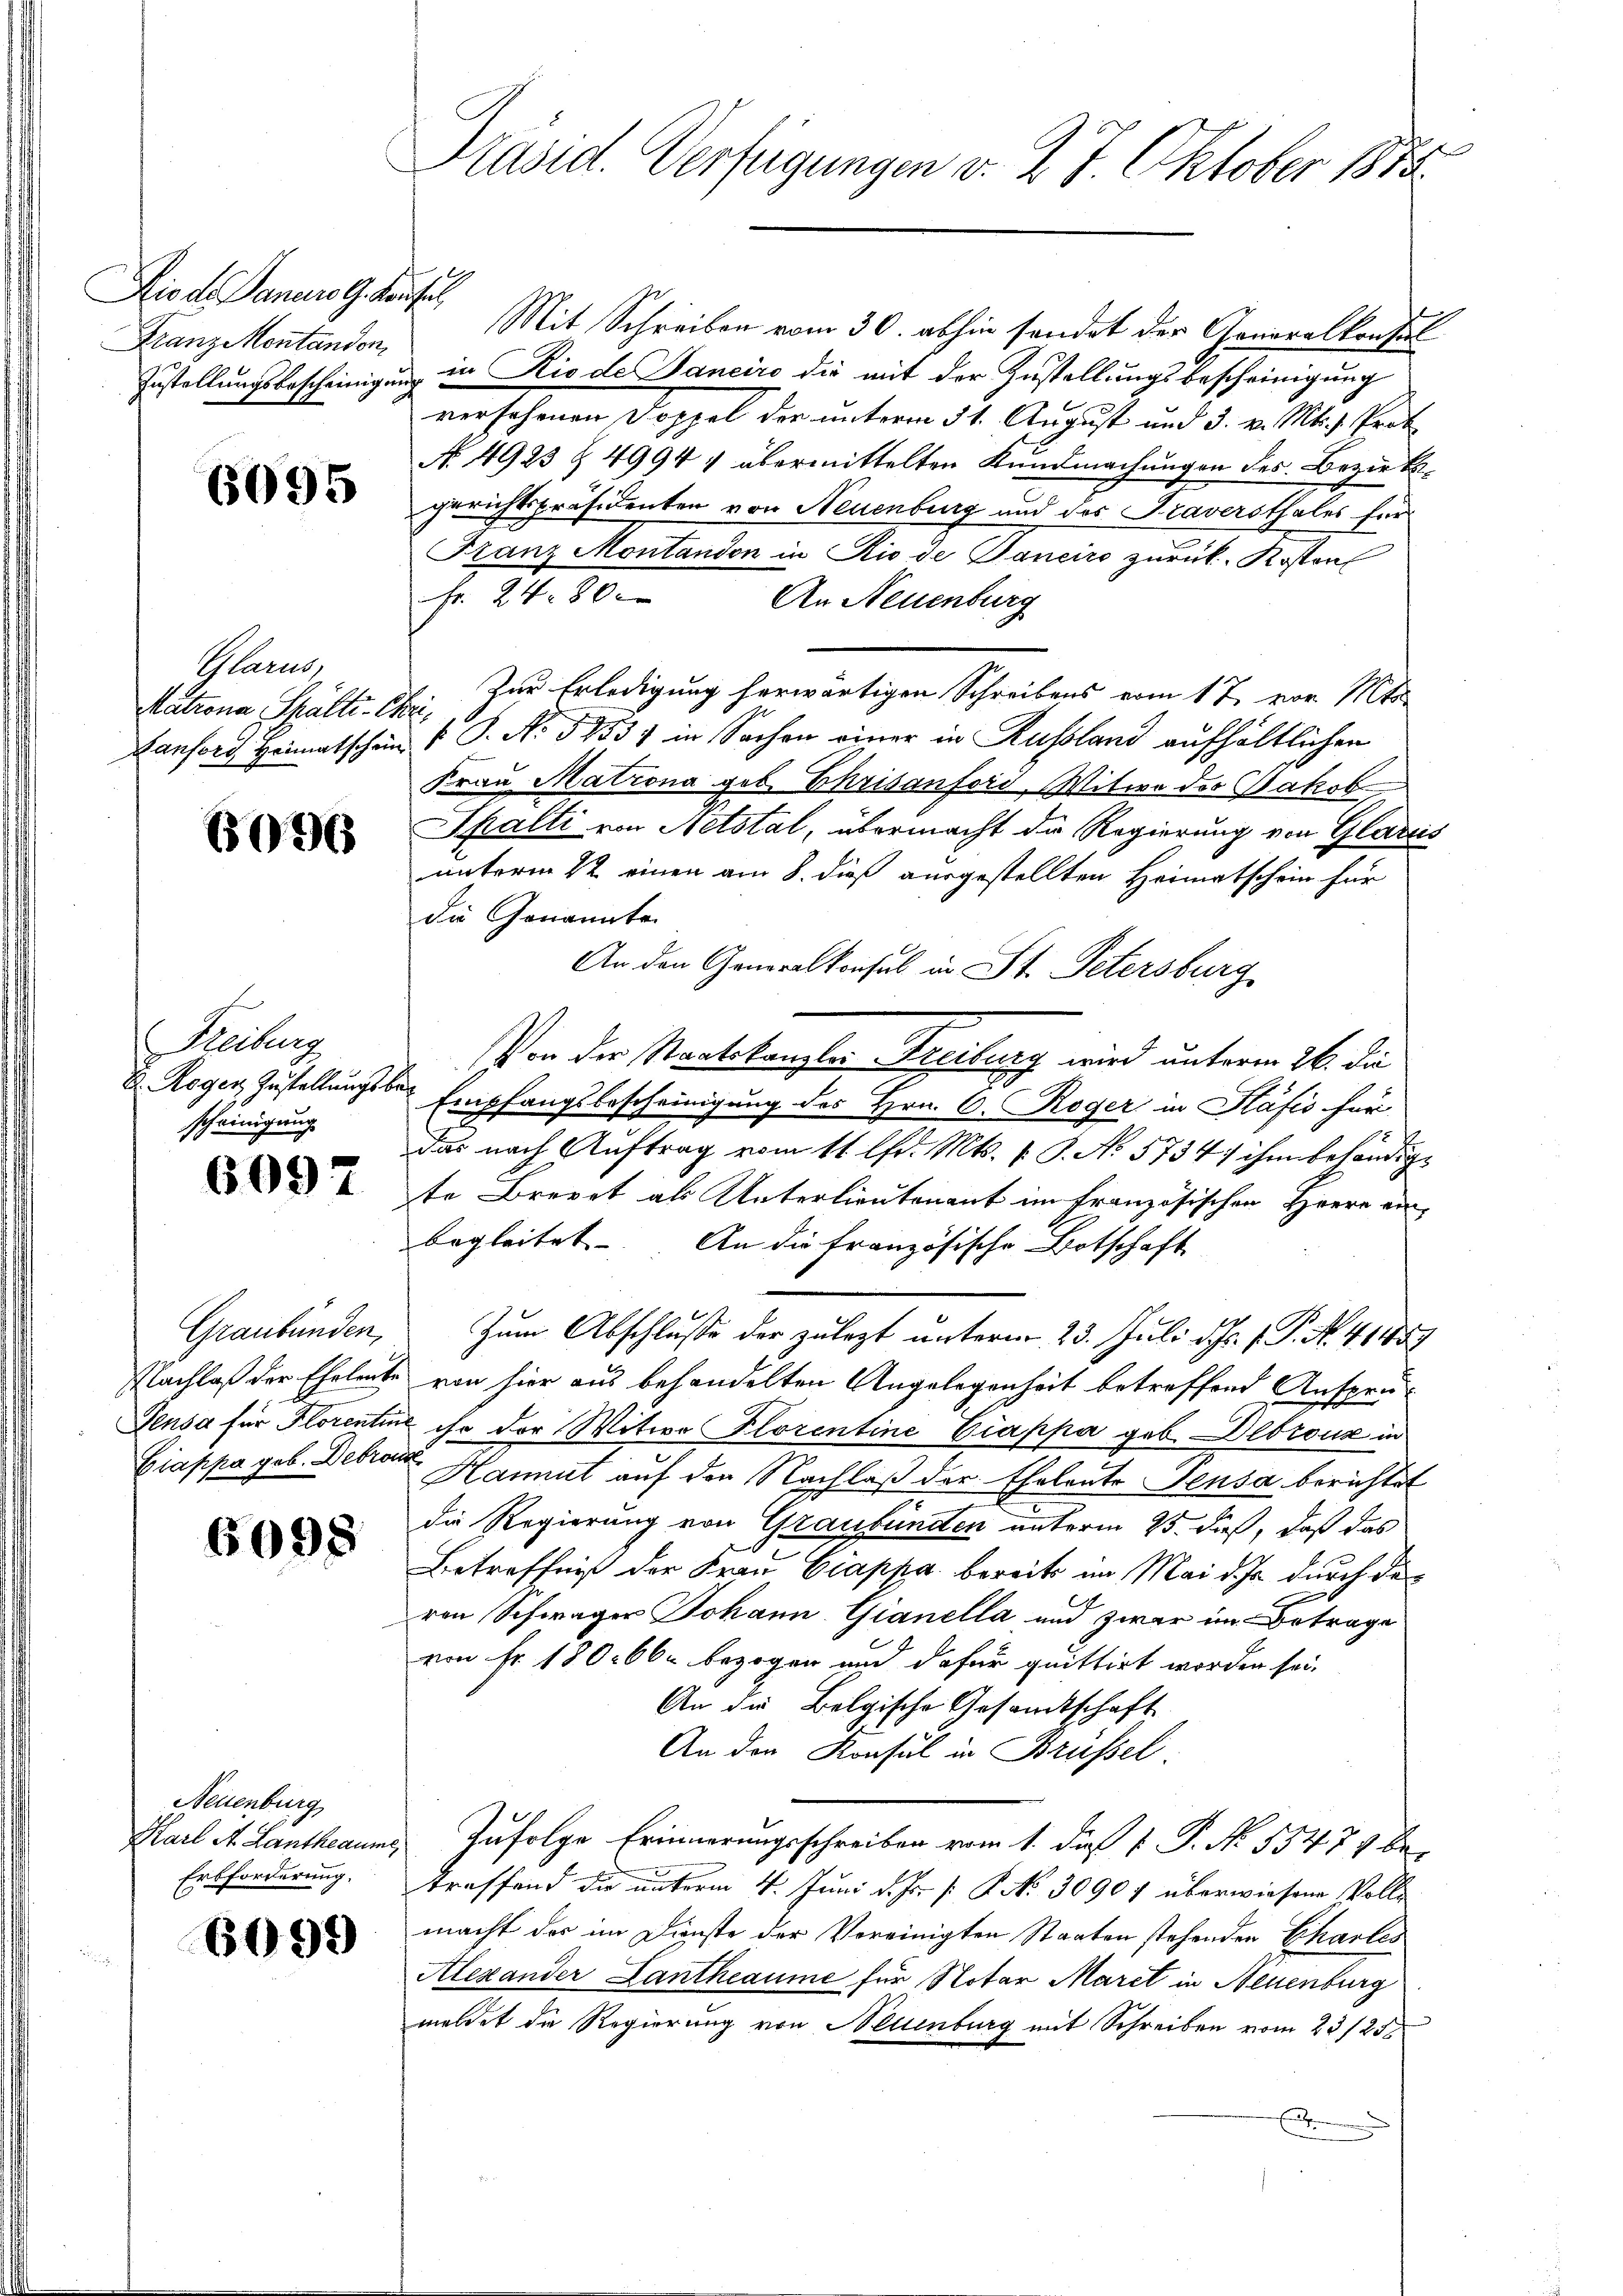
In den Gericht
Franz Montandon

6095

Glarus,
Matrona Schälte- Chri

6096

Freiburg
u. Roger Zustellungs-
scheinigung

6097

Graubünden,
Nachlaß der Eheleute
Sensa für Florenti
Giappa geb. Debroc

6098

Neuenburg
Karl A. Lantheaume
Erbforderung.

6099

Präsid. Verfügungen v. 2. 7. Oktober 1858.

Mit Schreiben vom 30. abhin sondet der Generalkonsul
Zustellungsbescheinigung in Rio de Janeiro die mit der Zustellungsbescheinigung
versehenen Doppel der unterm 31. August und 3. v. Mts. s. Prot
No. 4923 § 4994 1 übermittelten Kundmachungen des Bezirksgerichtspräsidenten von Neuenburg und des Traversthales für
Franz Montandon in Rio de Sanciro zurück. Kosten
fr. 24. 800
An Neuenburg
Zur Erledigung herwärtigen Schreibens vom 17. vor. Mt
Lansors Heimatschein 1 S. No 5753) in Sachen einer in Russland aufhältlichen
Frau Matrona geb. Chrisanford, Witwe des Jakob
Spalti von Netstal, übermacht die Regierung von Glarus
unterm 1t einen am 8. dieß ausgestellten Heimatschein für
die Genannte
An den Generalkonsul in St. Petersburg
Von der Staatskanzlei Freilung wird unterm 26. die
Empfangsbescheinigung des Hrn. C. Roger in Hafis für
das nach Auftrag vom 11 lfd. Mts. 1 S. No 5734/ ihm behändigte Brevet als Unterlieutenant im französischen Herrn ein-
begleitet. An die französische Botschaft
Zum Abschluße der zulezt unterm 23. Juli d. Js. f. P. N. 41459
 von hier aus behandelten Angelegenheit betreffend Anspru¬
u ihr der Witwe Florentine Ciappa geb. Debrouz in
 Hammt auf den Nachlaß der Eheleute Pensa berichtet
die Regierung von Graubünden unterm 25. dieß, daß das
Betreffniß der Frau Ciappa. bereits im Mai d. Js. durch de
ron Schwager Johann Gianella und zwar im Betrage
von Fr. 180. 660 bezogen und dafür quittirt worden sei.
An die Belgische Gesandtschaft
An der Konsul in Brüssel
Zufolge Erinnerungsschreiben vom 1. daß P. P. No. 55475 be-
traffend die unterm 4. Juni d. Js. f. P. No. 30907 überwiesene Volle
macht der im Dienste der Vereinigten Staaten stehenden Chartes
Alexander Lantheaume für Notar Maret in Neuenburg
meldet die Regierung von Neuenburg mit Schreiben vom 23/25.
.
s